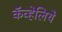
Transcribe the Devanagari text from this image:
कॅव्हेलिये